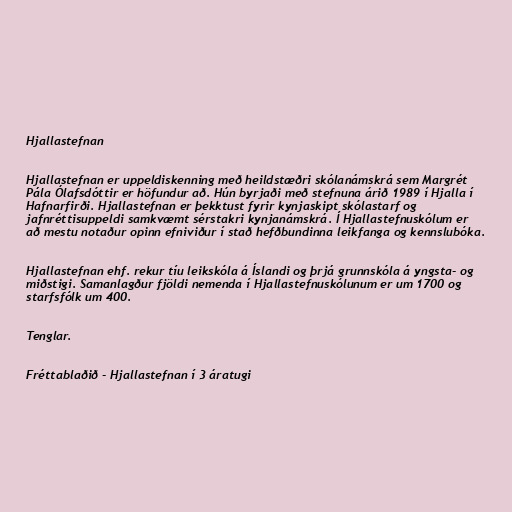
Hjallastefnan

Hjallastefnan er uppeldiskenning með heildstæðri skólanámskrá sem Margrét
Pála Ólafsdóttir er höfundur að. Hún byrjaði með stefnuna árið 1989 í Hjalla í
Hafnarfirði. Hjallastefnan er þekktust fyrir kynjaskipt skólastarf og
jafnréttisuppeldi samkvæmt sérstakri kynjanámskrá. Í Hjallastefnuskólum er
að mestu notaður opinn efniviður í stað hefðbundinna leikfanga og kennslubóka.

Hjallastefnan ehf. rekur tíu leikskóla á Íslandi og þrjá grunnskóla á yngsta- og
miðstigi. Samanlagður fjöldi nemenda í Hjallastefnuskólunum er um 1700 og
starfsfólk um 400.

Tenglar.

Fréttablaðið - Hjallastefnan í 3 áratugi